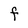
Character: f